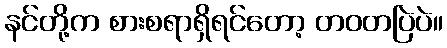
နင်တို့က စားစရာရှိရင်တော့ တဝတပြဲပဲ။